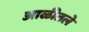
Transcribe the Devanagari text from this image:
आळीतले